Medical and sanitary report of the native army of Madras for the year
Year: 1878
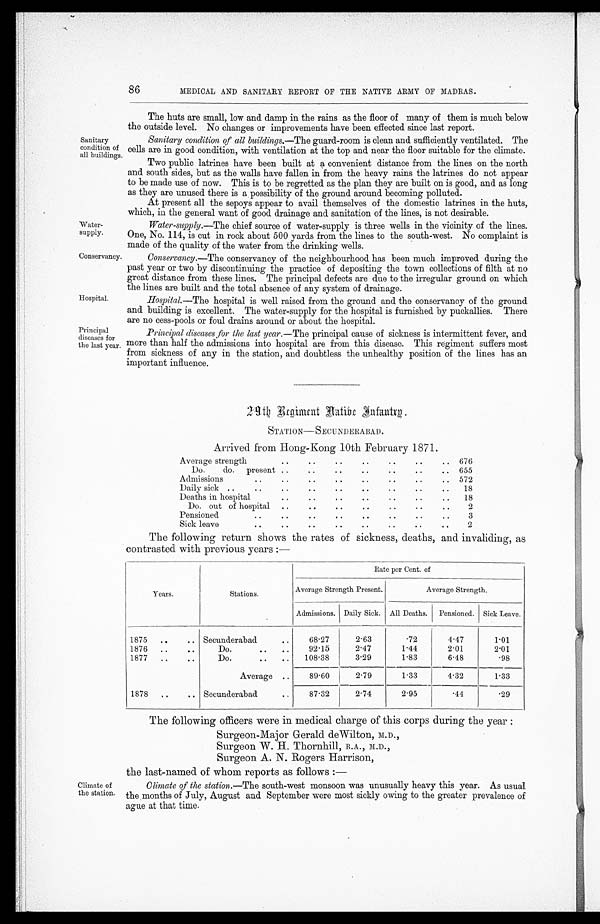
Water-
supply.
Conservancy.
86
MEDICAL AND SANITARY REPORT OF THE NATIVE ARMY OF MADRAS.
Sanitary
condition of
all buildings.
Hospital.
Principal
diseases for
the last year.
The huts are small, low and damp in the rains as the floor of many of them is much below
the outside level. No changes or improvements have been effected since last report.
Sanitary condition of all buildings.— The guard-room is clean and sufficiently ventilated. The
cells are in good condition, with ventilation at the top and near the floor suitable for the climate.
Two public latrines have been built at a convenient distance from the lines on the north
and south sides, but as the walls have fallen in from the heavy rains the latrines do not appear
to be made use of now. This is to be regretted as the plan they are built on is good, and as long
as they are unused there is a possibility of the ground around becoming polluted.
At present all the sepoys appear to avail themselves of the domestic latrines in the huts,
which, in the general want of good drainage and sanitation of the lines, is not desirable.
Water-supply.--The chief source of water-supply is three wells in the vicinity of the lines.
One, No. 114, is cut in rock about 500 yards from the lines to the south-west. No complaint is
made of the quality of the water from the drinking wells.
Conservancy.—The conservancy of the neighbourhood has been much improved during the
past year or two by discontinuing the practice of depositing the town collections of filth at no
great distance from these lines. The principal defects are due to the irregular ground on which
the lines are built and the total absence of any system of drainage.
Hospital.—The hospital is well raised from the ground and the conservancy of the ground
and building is excellent. The water-supply for the hospital is furnished by puckallies. There
are no cess-pools or foul drains around or about the hospital.
Principal diseases for the last year.— The principal cause of sickness is intermittent fever, and
more than half the admissions into hospital are from this disease. This regiment suffers most
from sickness of any in the station, and doubtless the unhealthy position of the lines has an
important influence.
Climate of
the station.
29th Regiment Native Infantry.
STATION— SECUNDERA BA D .
Arrived from Hong-Kong 10th February 1871.
Average strength
..
..
..
..
..
. . .. 676
Do.
do.
present
. .
..
. .
..
..
..
.. 655
Admission
..
..
. .
. .
..
..
..
.. 572
Daily sick ..
..
..
..
. .
. .
..
..
. .
18
Deaths in hospital
..
..
..
. .
. .
..
..
18
Do. out of hospital
. .
. .
. .
. .
. .
. .
. .
2
Pensioned
..
..
..
..
. .
. .
. .
..
3
Sick leave
. .
. .
. .
. .
. .
..
..
. .
2
The following return shows the rates of sickness, deaths, and invaliding, as
contrasted with previous years :—
Years.
Stations.
Rate per Cent. of
Average Strength Present.
Average Strength.
Admissions. Daily Sick. All Deaths.
Pensioned. Sick Leave.
1875
..
.. Secunderabad
. .
68.27
2.63
.72
4.47
1.01
1876
..
. .
Do.
..
. .
92.15
2.47
1.44
2.01
2.01
1877
..
. .
Do.
..
. .
108.38
3.29
1.83
6.48
.98
Average
. .
89.60
2.79
1.33
4.32
1.33
1878
. .
.. Secunderabad
..
8 7 . 3 2
2.74
2.95
.44
.29
The following officers were in medical charge of this corps during the year :
Surgeon-Major Gerald deWilton, M.D.,
Surgeon W. H. Thornhill, B.A., M.D.,
Surgeon A. N. Rogers Harrison,
the last-named of whom reports as follows :-
Climate of the station.— The south-west monsoon was unusually heavy this year. As usual
the months of July, August and September were most sickly owing to the greater prevalence of
ague at that time.